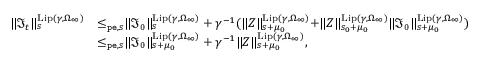
\begin{array} { r l } { \rVert \mathfrak { I } _ { t } \rVert _ { s } ^ { \mathrm { L i p } ( \gamma , \Omega _ { \infty } ) } } & { \le _ { \mathtt { p e } , s } \rVert \mathfrak { I } _ { 0 } \rVert _ { s } ^ { \mathrm { L i p } ( \gamma , \Omega _ { \infty } ) } + \gamma ^ { - 1 } ( \rVert Z \rVert _ { s + \mu _ { 0 } } ^ { \mathrm { L i p } ( \gamma , \Omega _ { \infty } ) } + \rVert Z \rVert _ { s _ { 0 } + \mu _ { 0 } } ^ { \mathrm { L i p } ( \gamma , \Omega _ { \infty } ) } \rVert \mathfrak { I } _ { 0 } \rVert _ { s + \mu _ { 0 } } ^ { \mathrm { L i p } ( \gamma , \Omega _ { \infty } ) } ) } \\ & { \le _ { \mathtt { p e } , s } \rVert \mathfrak { I } _ { 0 } \rVert _ { s + \mu _ { 0 } } ^ { \mathrm { L i p } ( \gamma , \Omega _ { \infty } ) } + \gamma ^ { - 1 } \rVert Z \rVert _ { s + \mu _ { 0 } } ^ { \mathrm { L i p } ( \gamma , \Omega _ { \infty } ) } , } \end{array}